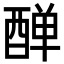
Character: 𨡙